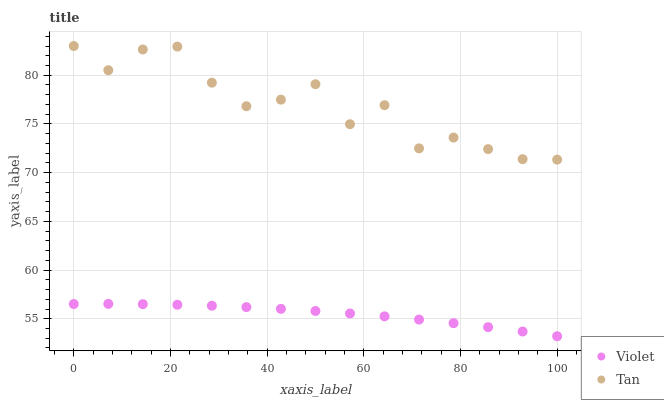
| xaxis_label | Violet | Tan |
 | --- | --- | --- |
 | 0 | 56.5 | 83 |
 | 7.14 | 56.5 | 80.5 |
 | 14.3 | 56.5 | 82.6 |
 | 21.4 | 56.4 | 82.9 |
 | 28.6 | 56.3 | 79.2 |
 | 35.7 | 56.2 | 76.8 |
 | 42.9 | 56 | 77.5 |
 | 50 | 55.8 | 79.1 |
 | 57.1 | 55.5 | 75 |
 | 64.3 | 55.2 | 76.9 |
 | 71.4 | 54.9 | 72.5 |
 | 78.6 | 54.5 | 73.6 |
 | 85.7 | 54.1 | 72.4 |
 | 92.9 | 53.7 | 71.4 |
 | 100 | 53.2 | 71.3 |